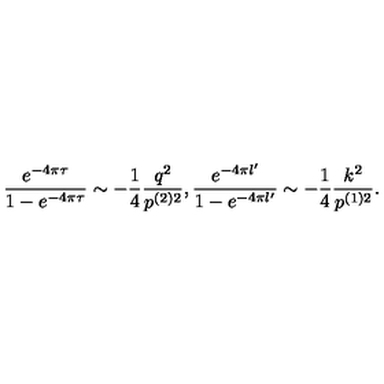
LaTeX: \frac { e ^ { - 4 \pi \tau } } { 1 - e ^ { - 4 \pi \tau } } \sim - \frac 1 4 \frac { q ^ { 2 } } { p ^ { ( 2 ) 2 } } , \frac { e ^ { - 4 \pi l ^ { \prime } } } { 1 - e ^ { - 4 \pi l ^ { \prime } } } \sim - \frac 1 4 \frac { k ^ { 2 } } { p ^ { ( 1 ) 2 } } .